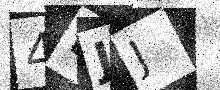
Text: 4BJJ